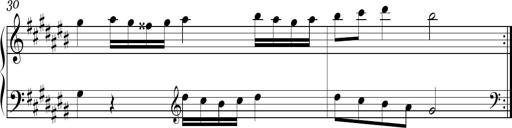
Title: Ten Piano Sonatinas
Composer: Andreas Sain